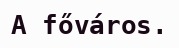
A főváros.